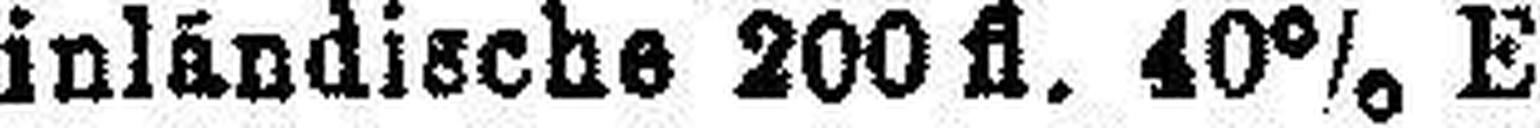
„ inlándische 200 fl. 40% E.